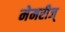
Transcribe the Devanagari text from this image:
मेमरीज्